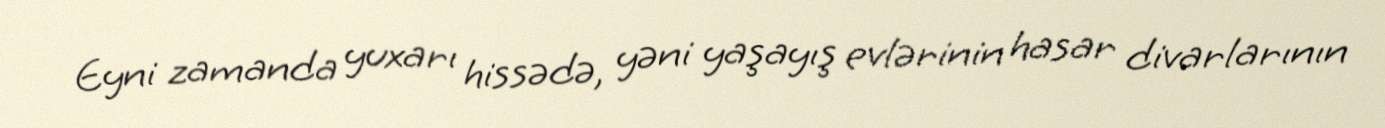
Eyni zamanda yuxarı hissədə, yəni yaşayış evlərinin hasar divarlarının